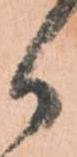
か